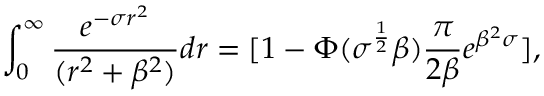
\int _ { 0 } ^ { \infty } \frac { e ^ { - \sigma r ^ { 2 } } } { ( r ^ { 2 } + \beta ^ { 2 } ) } d r = [ 1 - \Phi ( \sigma ^ { \frac { 1 } { 2 } } \beta ) \frac { \pi } { 2 \beta } e ^ { \beta ^ { 2 } \sigma } ] ,